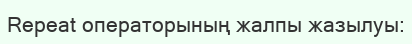
Repeat операторының жалпы жазылуы: